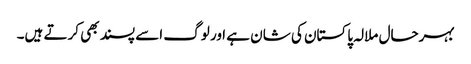
بہرحال ملالہ پاکستان کی شان ہے ا ور لوگ اسے پسند بھی کرتے ہیں۔